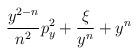
LaTeX: \begin{align*}\!\! \frac{y^{2-n}}{n^{2}} p_y^2 + \frac{\xi}{y^n} + y^n \!\!\end{align*}